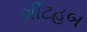
ગીટહબ